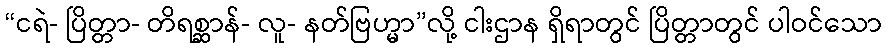
“ငရဲ- ပြိတ္တာ- တိရစ္ဆာန်- လူ- နတ်ဗြဟ္မာ”လို့ ငါးဌာန ရှိရာတွင် ပြိတ္တာတွင် ပါဝင်သော